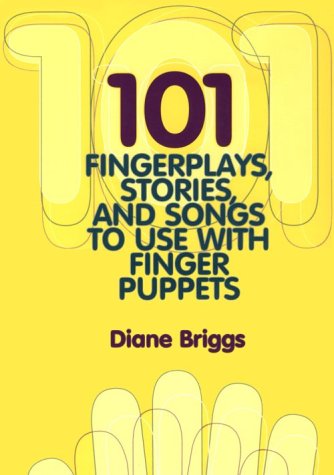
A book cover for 101 Fingerplays: Stories and Songs to Use with Finger Puppets; Diane Briggs; Crafts, Hobbies & Home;